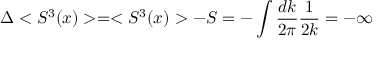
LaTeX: \Delta < S ^ { 3 } ( x ) > = < S ^ { 3 } ( x ) > - S = - \int \frac { d k } { 2 \pi } \frac { 1 } { 2 k } = - \infty